画像に写った文字を読んでください
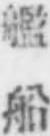
「艦船」と書いてあります